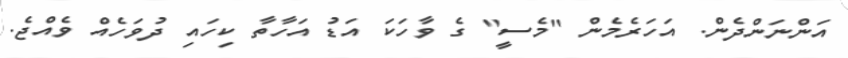
އަންނަންދެން. އަހަރެމެން "މެސީ" ގެ ވާހަކަ އަޑު އަހާތާ ކިހައި ދުވަހެއް ވެއްޖެ.